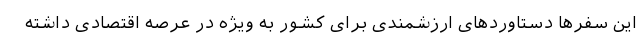
این سفرها دستاوردهای ارزشمندی برای کشور به ویژه در عرصه اقتصادی داشته